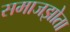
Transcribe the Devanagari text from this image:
समाजझोता